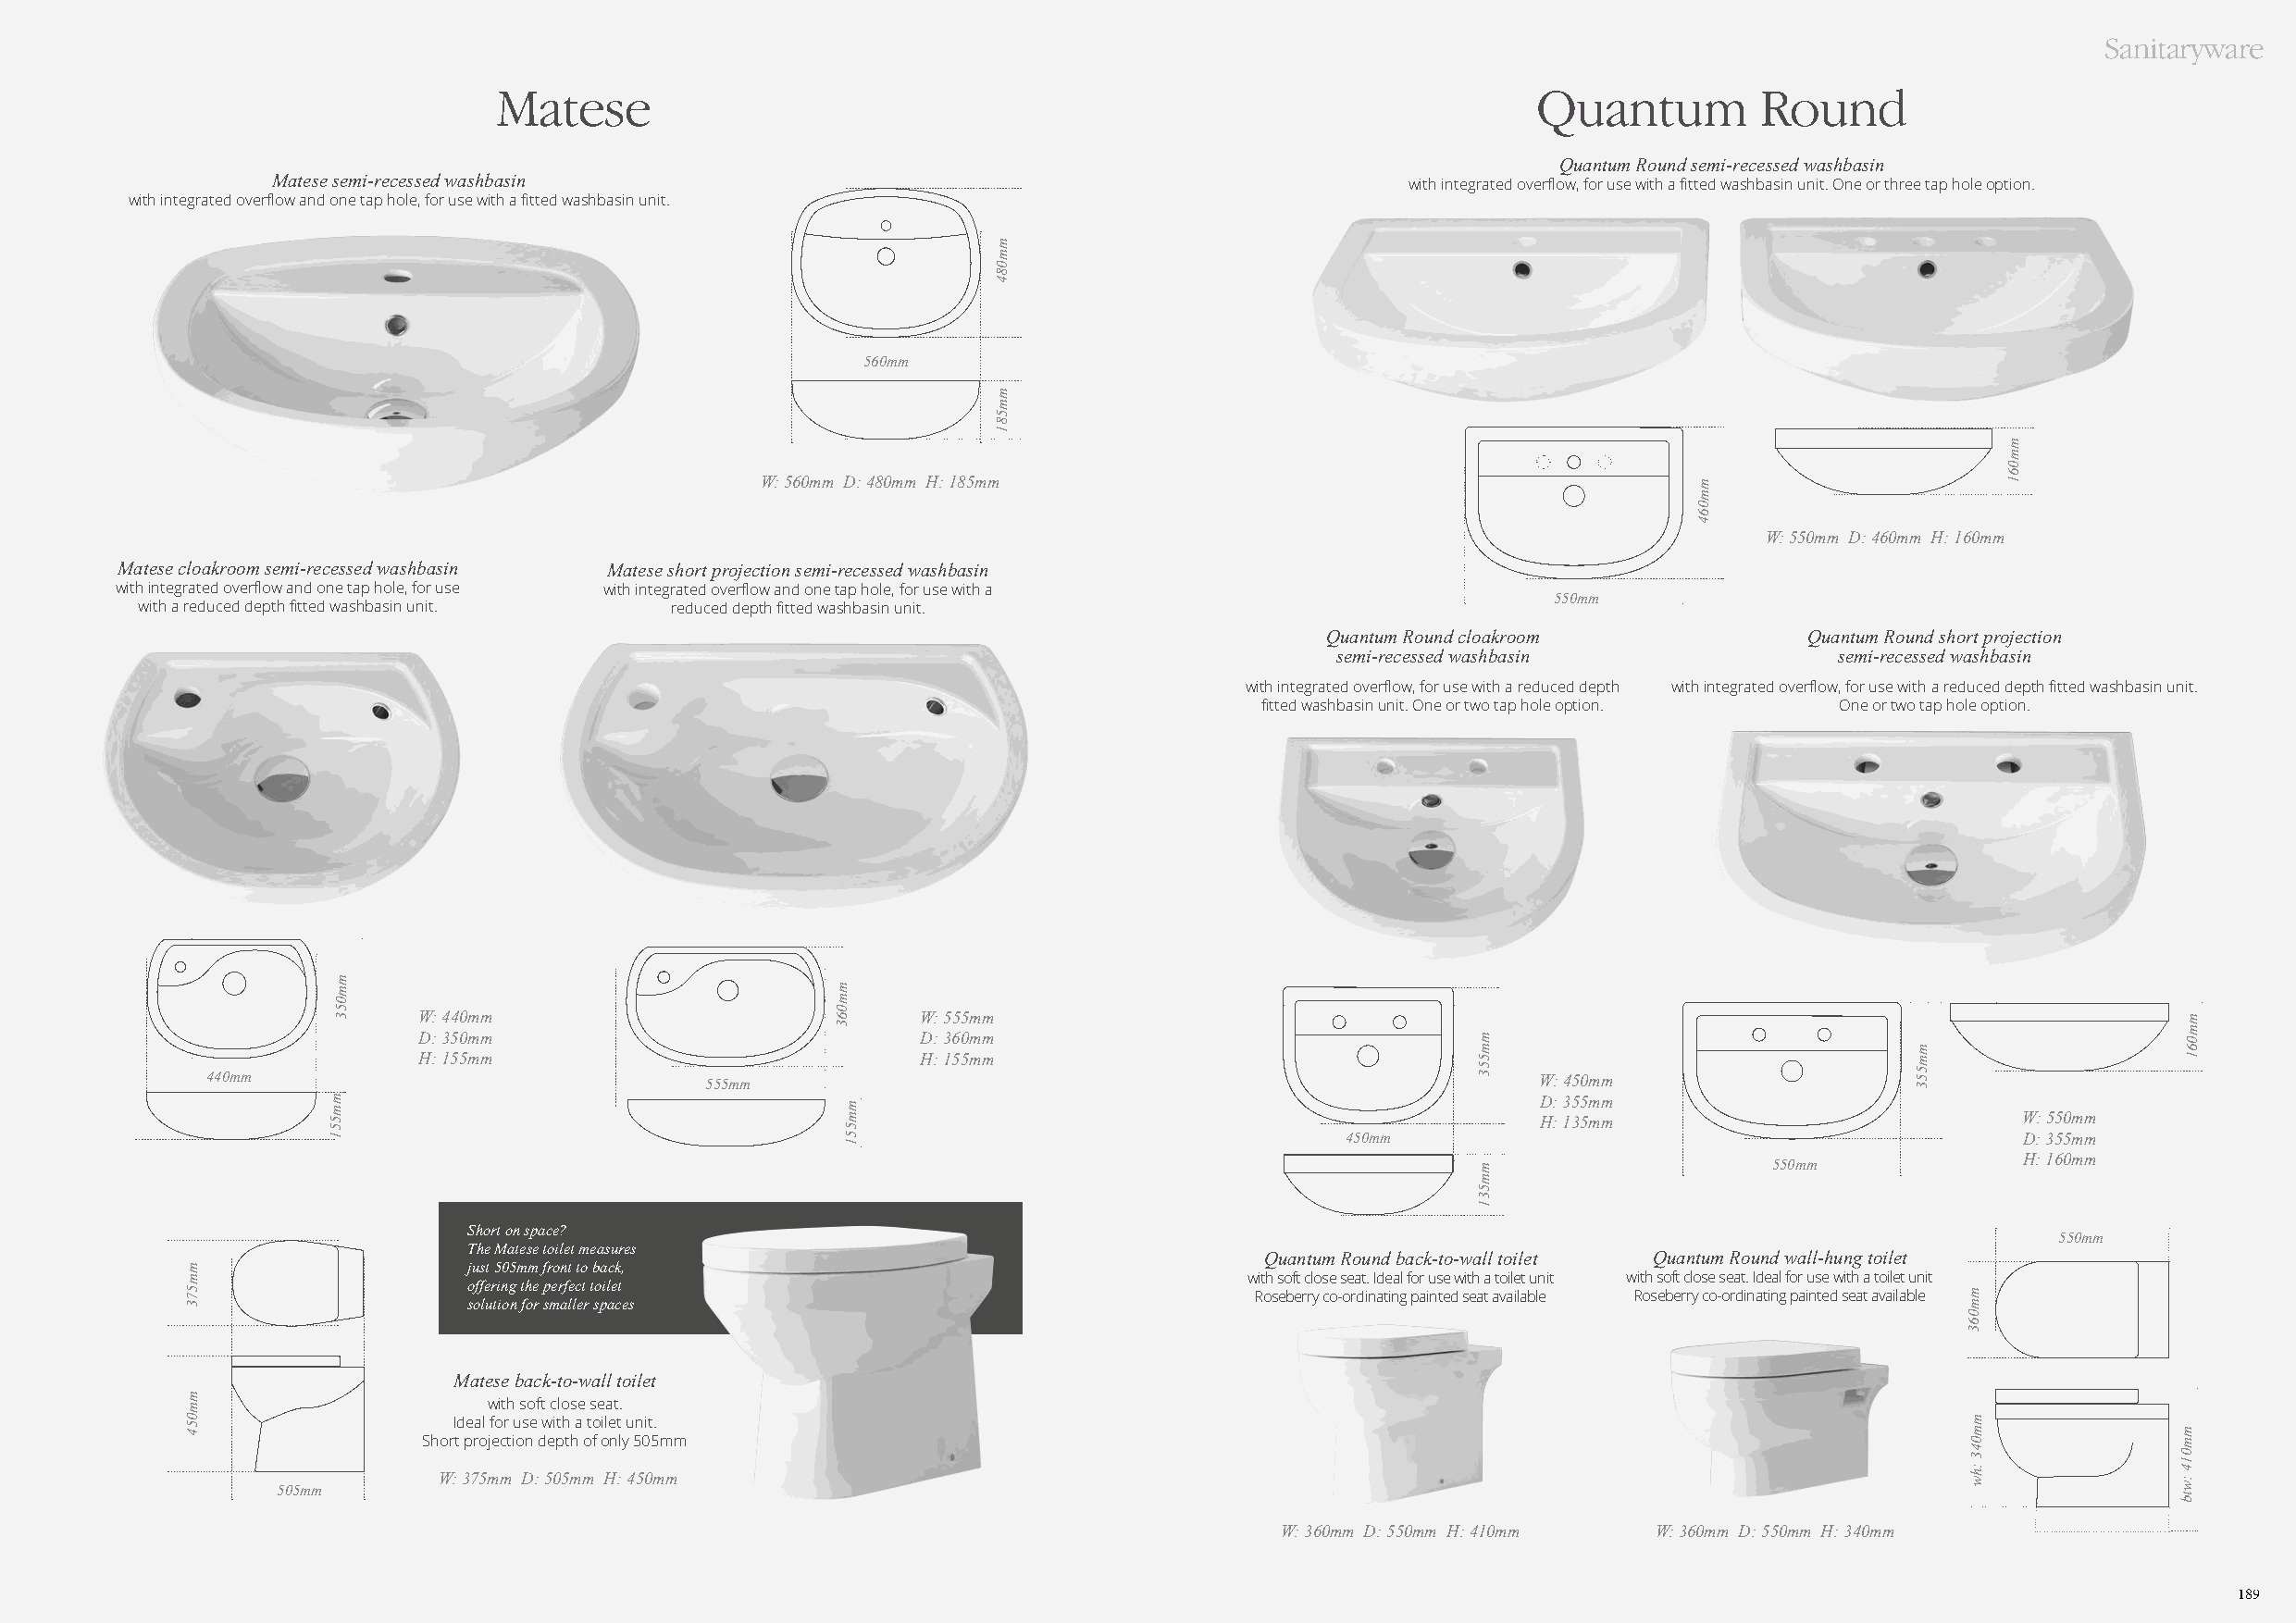
Sanitaryware
 Matese                                                                    Quantum         Round
 Quantum Round semi-recessed washbasin
 Matese semi-recessed washbasin                                                    with integrated overflow, for use with a fitted washbasin unit. One or three tap hole option.
 with integrated overflow and one tap hole, for use with a fitted washbasin unit.
 560mm
 W: 560mm D: 480mm H: 185mm
 W: 550mm D: 460mm H: 160mm
 Matese cloakroom semi-recessed washbasin Matese short projection semi-recessed washbasin
 with integrated overflow and one tap hole, for use with integrated overflow and one tap hole, for use with a
 550mm
 with a reduced depth fitted washbasin unit. reduced depth fitted washbasin unit.
 Quantum Round cloakroom           Quantum Round short projection
 semi-recessed washbasin            semi-recessed washbasin
 with integrated overflow, for use with a reduced depth with integrated overflow, for use with a reduced depth fitted washbasin unit.
 fitted washbasin unit. One or two tap hole option. One or two tap hole option.
 W: 440mm                            W: 555mm
 D: 350mm                            D: 360mm
 H: 155mm                            H: 155mm
 440mm                              555mm                                                       W: 450mm
 D: 355mm
 H: 135mm                           W: 550mm
 450mm                                            D: 355mm
 H: 160mm
 550mm
 Short on space?
 550mm
 The Matese toilet measures
 Quantum Round back-to-wall toilet Quantum Round wall-hung toilet
 just 505mm front to back,
 with soft close seat. Ideal for use with a toilet unit with soft close seat. Ideal for use with a toilet unit
 offering the perfect toilet
 Roseberry co-ordinating painted seat available Roseberry co-ordinating painted seat available
 solution for smaller spaces
 Matese back-to-wall toilet
 with soft close seat.
 Ideal for use with a toilet unit.
 Short projection depth of only 505mm
 W: 375mm D: 505mm H: 450mm
 505mm
 W: 360mm D: 550mm H: 410mm W: 360mm D: 550mm H: 340mm
 189
 mm573
 mm054
 mm053
 mm551
 mm063
 mm551
 mm084
 mm581
 mm553
 mm531
 mm064
 mm553
 mm063
 mm043
 :hw
 mm061
 mm061
 mm014
 :wtb